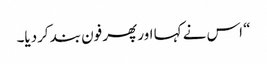
“ اس نے کہا اور پھر فون بند کردیا۔